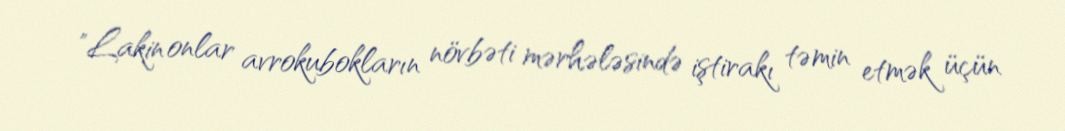
"Lakin onlar avrokubokların növbəti mərhələsində iştirakı təmin etmək üçün